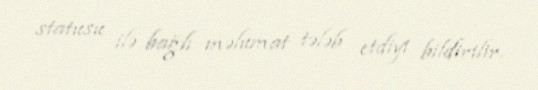
statusu ilə bağlı məlumat tələb etdiyi bildirilir.